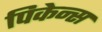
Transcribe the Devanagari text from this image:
पिकेन्स